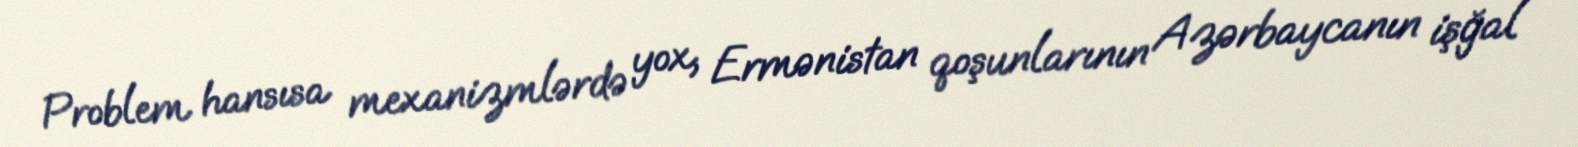
Problem hansısa mexanizmlərdə yox, Ermənistan qoşunlarının Azərbaycanın işğal